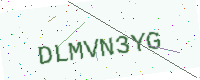
Text: DLMVN3YG